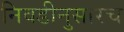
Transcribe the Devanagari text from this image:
निवडीनुसारच